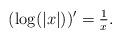
LaTeX: \begin{align*}(\log(|x|))' = \tfrac{1}{x}.\end{align*}